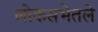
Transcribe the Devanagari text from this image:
लोकसभेतले